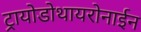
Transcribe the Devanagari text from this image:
ट्रायोडोथायरोनाईन